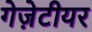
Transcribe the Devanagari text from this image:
गेज़ेटीयर